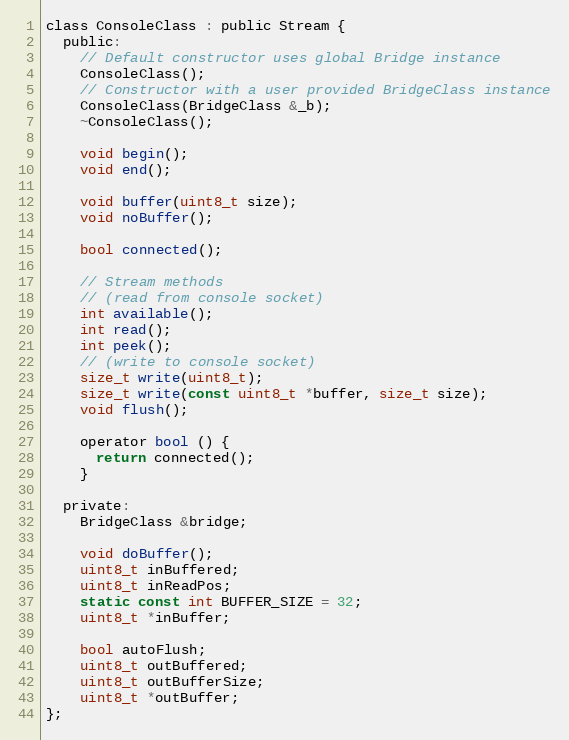
Language: C
class ConsoleClass : public Stream {
  public:
    // Default constructor uses global Bridge instance
    ConsoleClass();
    // Constructor with a user provided BridgeClass instance
    ConsoleClass(BridgeClass &_b);
    ~ConsoleClass();

    void begin();
    void end();

    void buffer(uint8_t size);
    void noBuffer();

    bool connected();

    // Stream methods
    // (read from console socket)
    int available();
    int read();
    int peek();
    // (write to console socket)
    size_t write(uint8_t);
    size_t write(const uint8_t *buffer, size_t size);
    void flush();

    operator bool () {
      return connected();
    }

  private:
    BridgeClass &bridge;

    void doBuffer();
    uint8_t inBuffered;
    uint8_t inReadPos;
    static const int BUFFER_SIZE = 32;
    uint8_t *inBuffer;

    bool autoFlush;
    uint8_t outBuffered;
    uint8_t outBufferSize;
    uint8_t *outBuffer;
};